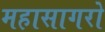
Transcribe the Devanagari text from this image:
महासागरो